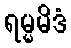
ရမ္မမိဒံ